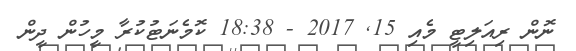
ނޮން ރިއަލިޓީ މެއި 15